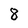
Character: 8